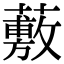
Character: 𧀮